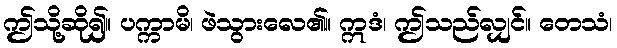
ဤသို့ဆို၍။ ပက္ကာမိ၊ ဖဲသွားလေ၏။ ဣဒံ၊ ဤသည်လျှင်။ တေသံ၊